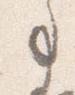
事